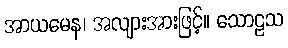
အာယမေန၊ အလျားအားဖြင့်။ သောဠသ